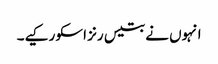
انہوں نے بتیس رنز اسکو رکیے۔